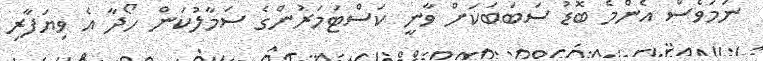
ނަމަވެސް އެންމެ ބޮޑު ސަބަބަކަށް ވާނީ ކަސްޓަމަރުންގެ ސަމާލުކަން ހޯދާ އެ ވިޔަފާރި